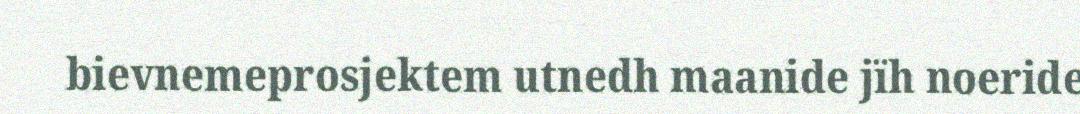
bievnemeprosjektem utnedh maanide jïh noeride